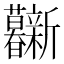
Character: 𰕦